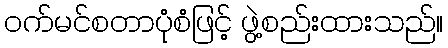
ဝက်မင်စတာပုံစံဖြင့် ဖွဲ့စည်းထားသည်။